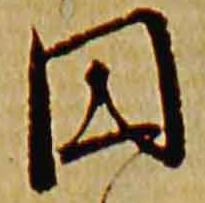
円